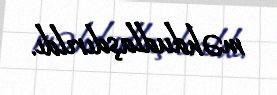
məhdudlaşdırıldı.